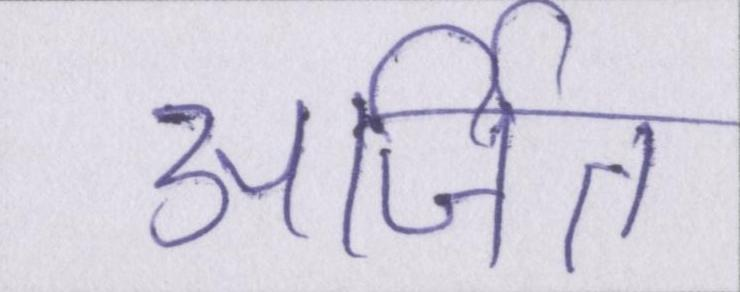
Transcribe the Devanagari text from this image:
अर्जित